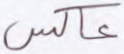
عاكس